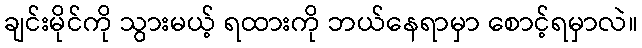
ချင်းမိုင်ကို သွားမယ့် ရထားကို ဘယ်နေရာမှာ စောင့်ရမှာလဲ။